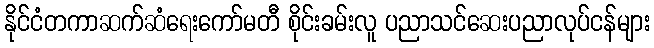
နိုင်ငံတကာဆက်ဆံရေးကော်မတီ စိုင်းခမ်းလူ ပညာသင်ဆေးပညာလုပ်ငန်များ